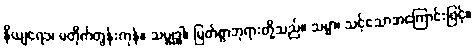
နိယျရေ၁၊ မတိုက်တွန်းကုန်။ သမ္ဗုဒ္ဓါ၊ မြတ်စွာဘုရားတို့သည်။ သမ္မာ၊ သင့်သောအကြောင်းဖြင့်။